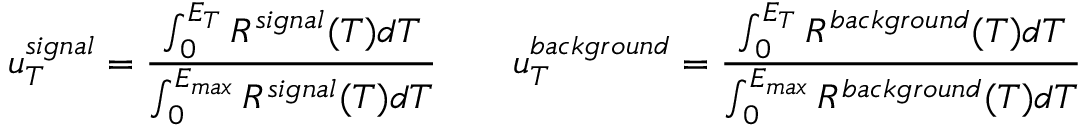
u _ { T } ^ { s i g n a l } = \frac { \int _ { 0 } ^ { E _ { T } } R ^ { s i g n a l } ( T ) d T } { \int _ { 0 } ^ { E _ { m a x } } R ^ { s i g n a l } ( T ) d T } \qquad u _ { T } ^ { b a c k g r o u n d } = \frac { \int _ { 0 } ^ { E _ { T } } R ^ { b a c k g r o u n d } ( T ) d T } { \int _ { 0 } ^ { E _ { m a x } } R ^ { b a c k g r o u n d } ( T ) d T }